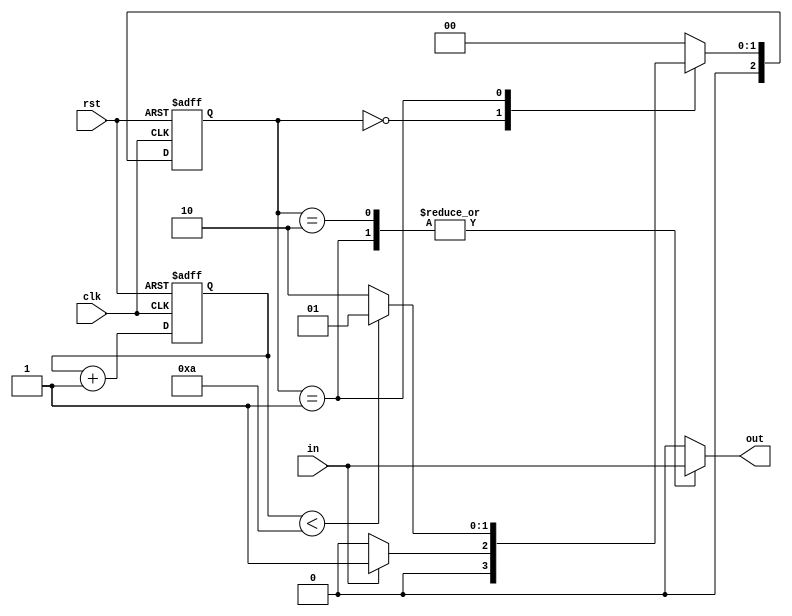
module Mealy_State_Machine (
    input wire rst,
    input wire clk,
    input wire in,
    output reg out
);

// Define states
parameter S0 = 3'b000;
parameter S1 = 3'b001;
parameter S2 = 3'b010;

// Define wait states
parameter WAIT_CYCLES = 10;

// Define internal signals
reg [2:0] state, next_state;
reg [4:0] wait_count;

// State machine logic
always @(posedge clk or posedge rst) begin
    if (rst) begin
        state <= S0;
        wait_count <= 0;
    end else begin
        state <= next_state;
        wait_count <= wait_count + 1;
    end
end

// Define output logic
always @(*) begin
    case (state)
        S0: begin
            if (in) next_state = S1;
            else next_state = S0;
        end
        S1: begin
            if (wait_count < WAIT_CYCLES) next_state = S1;
            else next_state = S2;
        end
        S2: begin
            next_state = S0;
        end
        default: next_state = S0;
    endcase
end

// Define output assignment
always @(state, in) begin
    case (state)
        S0: out = 0;
        S1: out = in;
        S2: out = in;
        default: out = 0;
    endcase
end

endmodule